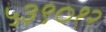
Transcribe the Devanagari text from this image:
५३९०१२